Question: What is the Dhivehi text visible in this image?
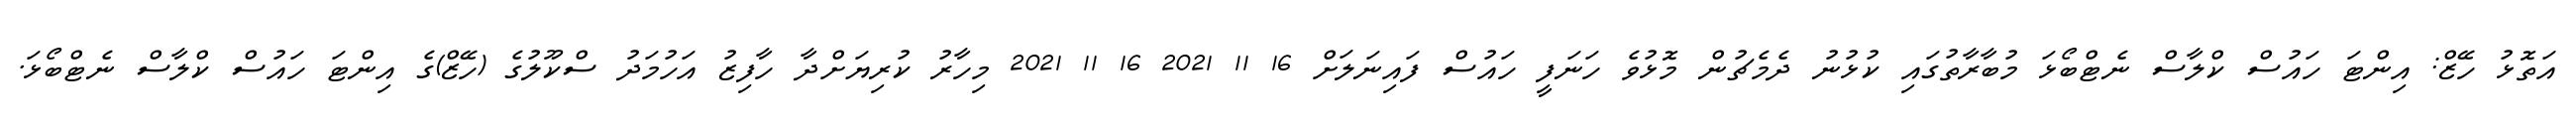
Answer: އަތޮޅު ހޭޒް: އިންޓަ ހައުސް ކްލާސް ނެޓްބޯޅަ މުބާރާތުގައި ކުޅުނު ދެމެޗުން މޮޅުވެ ހަނަފީ ހައުސް ފައިނަލަށް 16 11 2021 16 11 2021 މިހާރު ކުރިޔަށްދާ ހާފިޒު އަހުމަދު ސްކޫލުގެ (ހޭޒް)ގެ އިންޓަ ހައުސް ކްލާސް ނެޓްބޯޅަ.